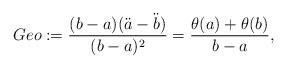
LaTeX: \begin{align*}Geo:=\frac{(b-a)(\ddot a-\ddot b)}{(b-a)^2}=\frac{\theta(a)+\theta(b)}{b-a},\end{align*}